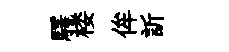
驛楼侔訢